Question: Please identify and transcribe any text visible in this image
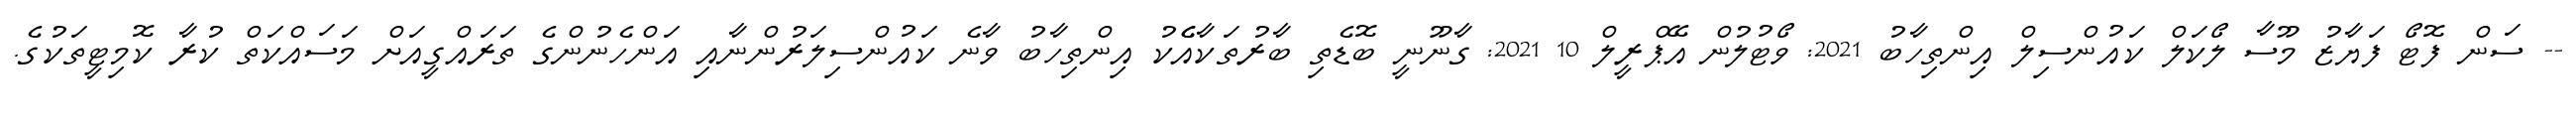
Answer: -- ސަން ފޮޓޯ ފަޔާޒު މޫސާ ލޯކަލް ކައުންސިލް އިންތިހާބު 2021: ވޯޓުލުން އޭޕްރީލް 10 2021: ގާނޫނީ ބޮޑެތި ބާރުތަކާއެެކު އިންތިހާބު ވާނެ ކައުންސިލަރުންނާއި އަންހެނުންގެ ތަރައްގީއަށް މަސައްކަތް ކުރާ ކޮމިޓީތަކުގެ.